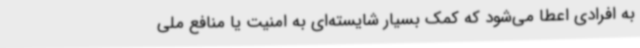
به افرادی اعطا می‌شود که کمک بسیار شایسته‌ای به امنیت یا منافع ملی